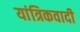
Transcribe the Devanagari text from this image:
यांत्रिकवादी